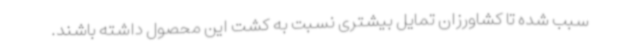
سبب شده تا کشاورزان تمایل بیشتری نسبت به کشت این محصول داشته باشند.